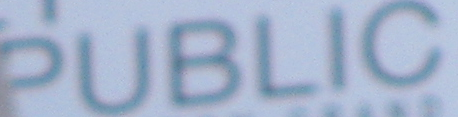
PUBLIC